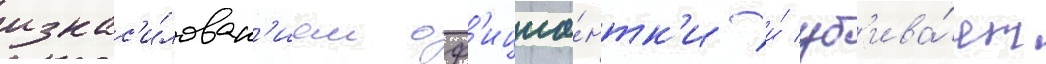
изнас'и́лован'ием оф'ициа́нтк'и и́ уб'ива́ет